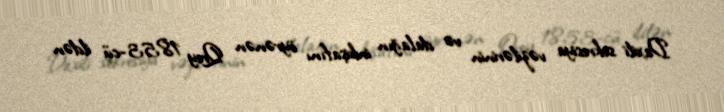
Daxili sekresiya vəzilərinin və dalağın inkişafını öyrənən Qrey 1853-cü ildən